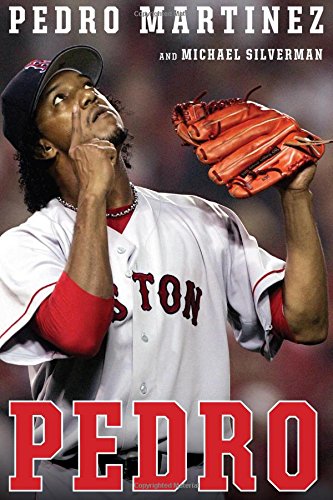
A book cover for Pedro; Pedro Martinez; Biographies & Memoirs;